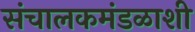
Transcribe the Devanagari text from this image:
संचालकमंडळाशी